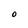
Character: O